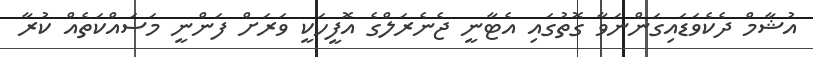
އުޝާމް ދެކެވަޑައިގަންނަވާ ގޮތުގައި އެޓާނީ ޖެނެރަލްގެ އޮފީހަކީ ވަރަށް ފަންނީ މަސައްކަތެއް ކުރާ